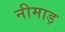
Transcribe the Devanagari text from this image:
नीमाड़